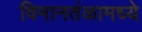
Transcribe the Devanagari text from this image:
विमानतंळामध्ये